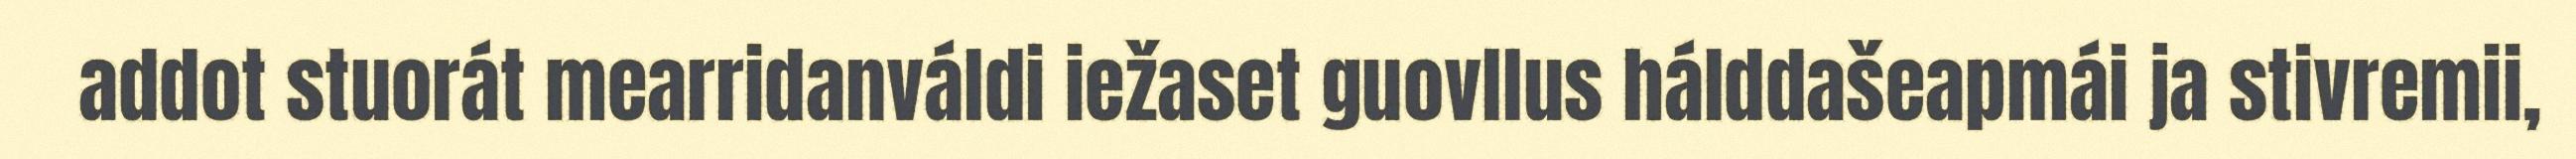
addot stuorát mearridanváldi iežaset guovllus hálddašeapmái ja stivremii,